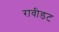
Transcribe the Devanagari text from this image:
रावीडट